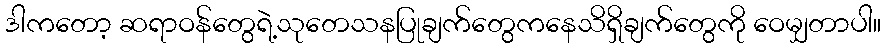
ဒါကတော့ ဆရာဝန်တွေရဲ့သုတေသနပြုချက်တွေကနေသိရှိချက်တွေကို ဝေမျှတာပါ။